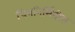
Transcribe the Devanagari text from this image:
चित्रनिर्मितीस